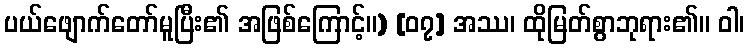
ပယ်ဖျောက်တော်မူပြီး၏ အဖြစ်ကြောင့်။) [၀၇] အဿ၊ ထိုမြတ်စွာဘုရား၏။ ဝါ၊